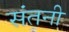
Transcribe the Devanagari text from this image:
संतनी